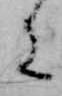
に